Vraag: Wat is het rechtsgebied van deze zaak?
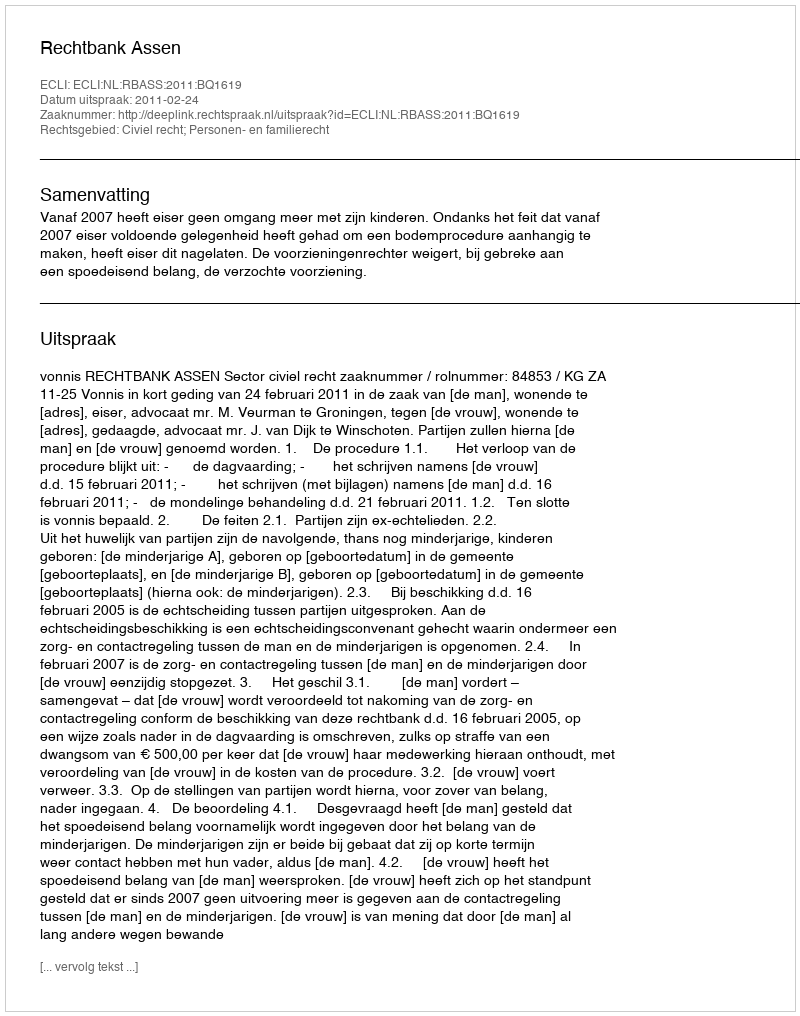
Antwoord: Civiel recht; Personen- en familierecht